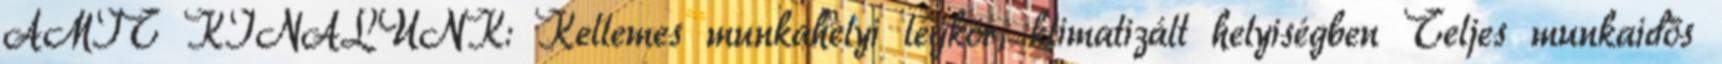
AMIT KÍNÁLUNK: Kellemes munkahelyi légkör, klimatizált helyiségben Teljes munkaidős